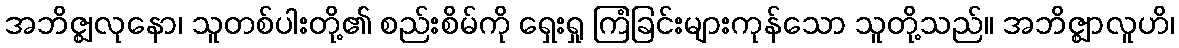
အဘိဇ္ဈလုနော၊ သူတစ်ပါးတို့၏ စည်းစိမ်ကို ရှေးရှု ကြံခြင်းများကုန်သော သူတို့သည်။ အဘိဇ္ဈာလူဟိ၊